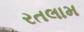
રતલામ